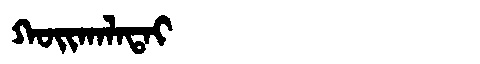
Manchu: ᡴᠣᡳᡴᠠᠯᠠᡨᠠᡳ
Romanization: KOIKALATAI